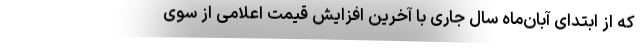
که از ابتدای آبان‌ماه سال جاری با آخرین افزایش قیمت اعلامی از سوی